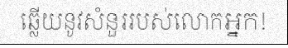
ឆ្លើយនូវសំនួររបស់លោកអ្នក!